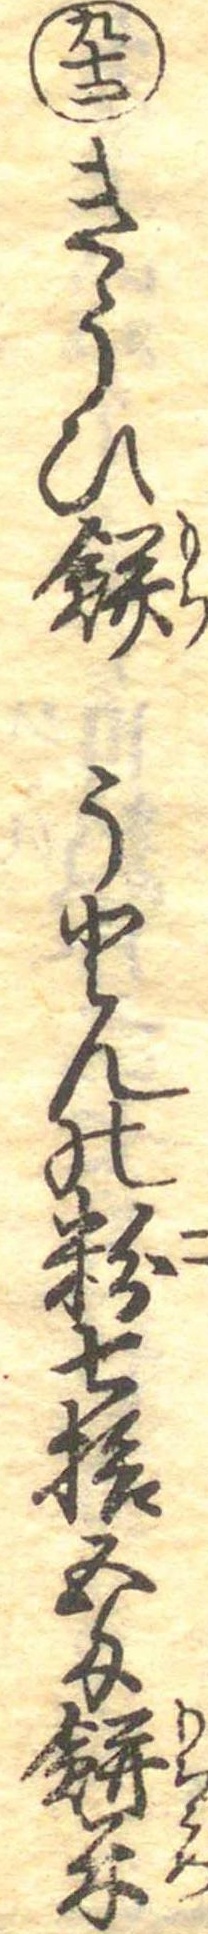
九十二きうひ餅うとんの粉七拾五匁餅米